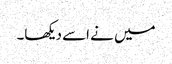
میں نے اسے دیکھا۔